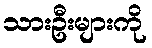
သားဦးများကို